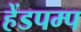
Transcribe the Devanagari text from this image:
हेंडपम्प